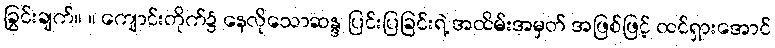
ခြွင်းချက်။ ။ ကျောင်းတိုက်၌ နေလိုသောဆန္ဒ ပြင်းပြခြင်းရဲ့ အထိမ်းအမှတ် အဖြစ်ဖြင့် ထင်ရှားအောင်